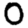
Digit: 0